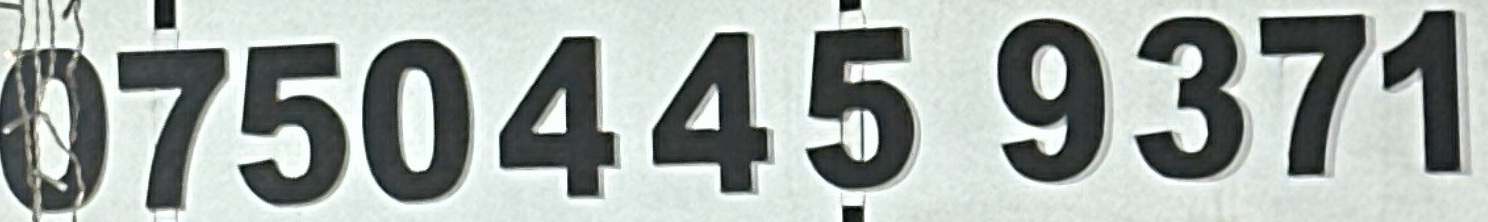
0750445 9371